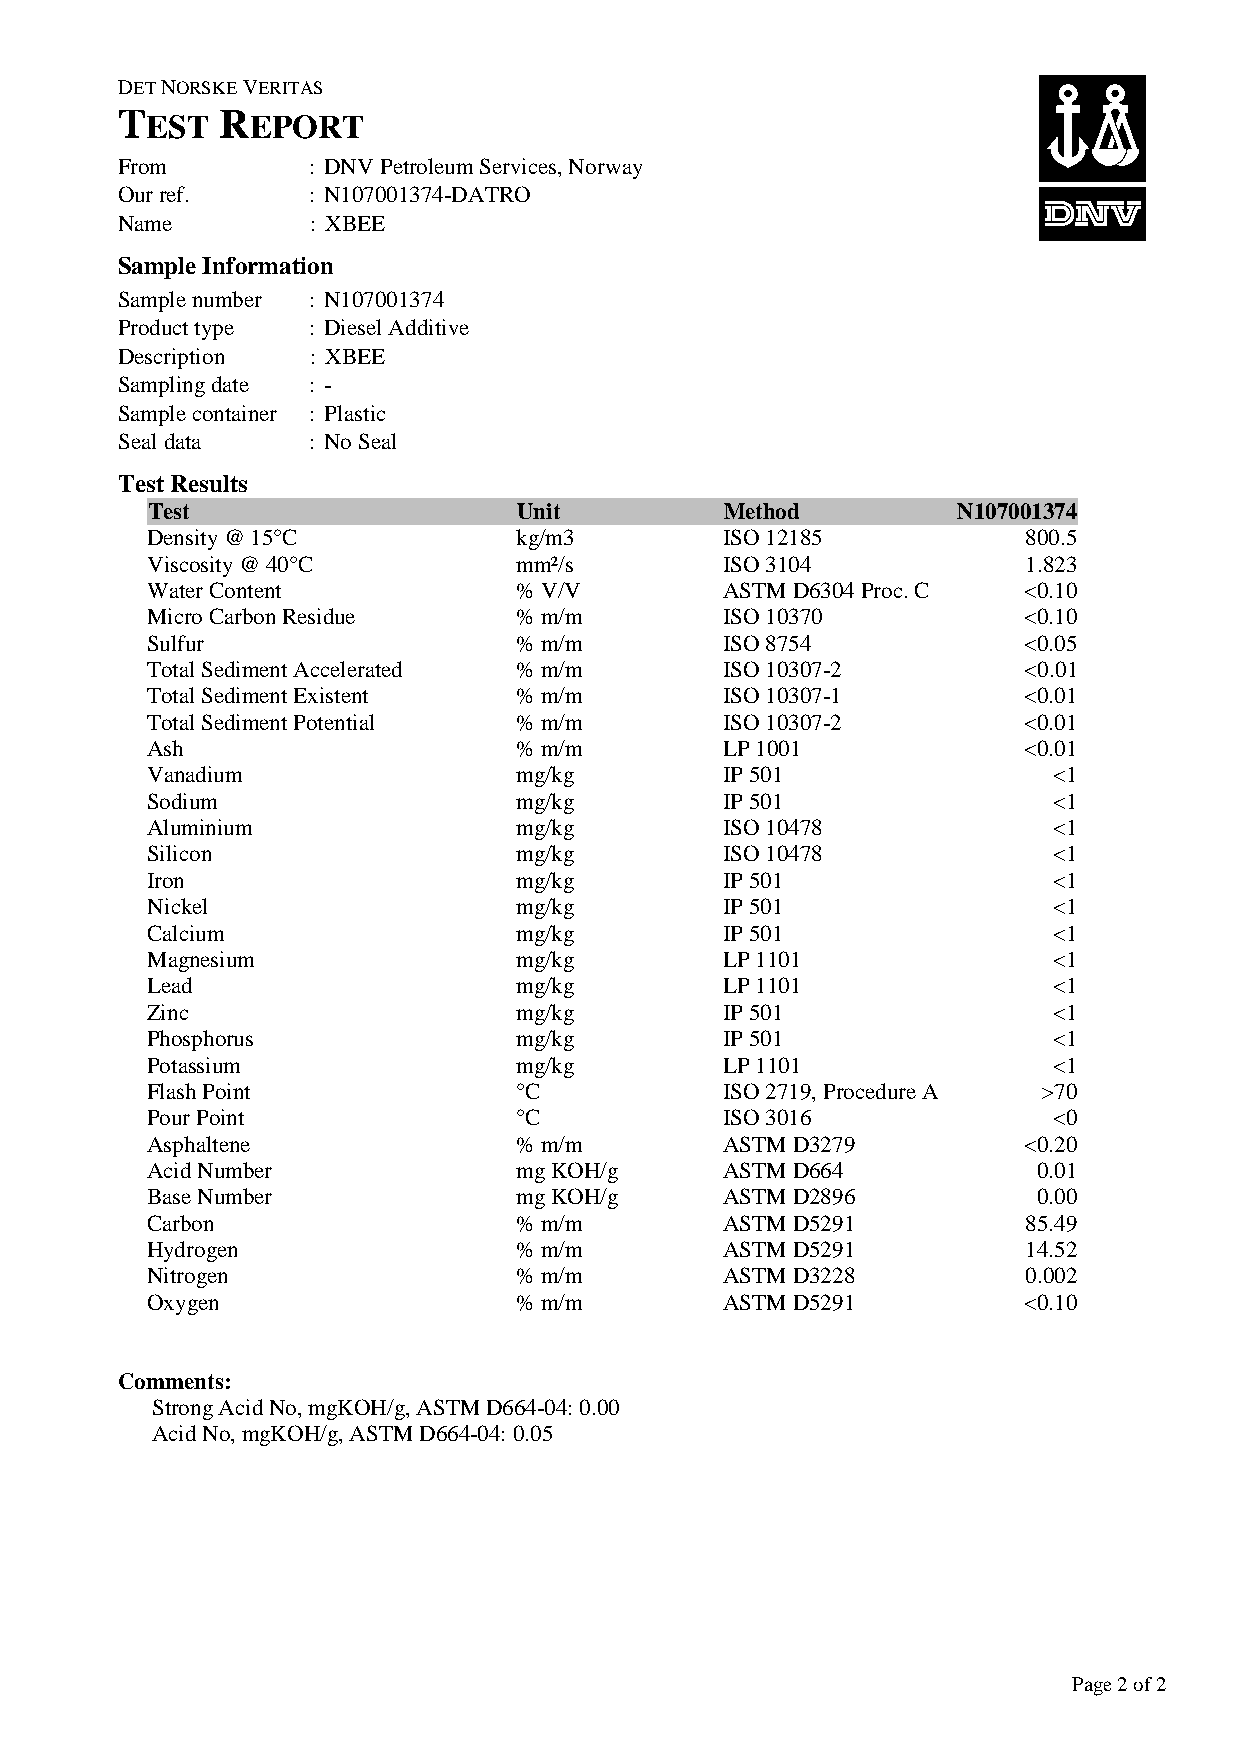
DET NORSKE VERITAS
 T      R
 EST    EPORT
 From         : DNV Petroleum Services, Norway
 Our ref.     : N107001374-DATRO
 Name         : XBEE
 Sample Information
 Sample number : N107001374
 Product type : Diesel Additive
 Description  : XBEE
 Sampling date : -
 Sample container : Plastic
 Seal data    : No Seal
 Test Results
 Test                    Unit          Method         N107001374
 Density @ 15°C          kg/m3         ISO 12185           800.5
 Viscosity @ 40°C        mm²/s         ISO 3104            1.823
 Water Content           % V/V         ASTM D6304 Proc. C  <0.10
 Micro Carbon Residue    % m/m         ISO 10370           <0.10
 Sulfur                  % m/m         ISO 8754            <0.05
 Total Sediment Accelerated % m/m      ISO 10307-2         <0.01
 Total Sediment Existent % m/m         ISO 10307-1         <0.01
 Total Sediment Potential % m/m        ISO 10307-2         <0.01
 Ash                     % m/m         LP 1001             <0.01
 Vanadium                mg/kg         IP 501                <1
 Sodium                  mg/kg         IP 501                <1
 Aluminium               mg/kg         ISO 10478             <1
 Silicon                 mg/kg         ISO 10478             <1
 Iron                    mg/kg         IP 501                <1
 Nickel                  mg/kg         IP 501                <1
 Calcium                 mg/kg         IP 501                <1
 Magnesium               mg/kg         LP 1101               <1
 Lead                    mg/kg         LP 1101               <1
 Zinc                    mg/kg         IP 501                <1
 Phosphorus              mg/kg         IP 501                <1
 Potassium               mg/kg         LP 1101               <1
 Flash Point             °C            ISO 2719, Procedure A >70
 Pour Point              °C            ISO 3016              <0
 Asphaltene              % m/m         ASTM D3279          <0.20
 Acid Number             mg KOH/g      ASTM D664            0.01
 Base Number             mg KOH/g      ASTM D2896           0.00
 Carbon                  % m/m         ASTM D5291          85.49
 Hydrogen                % m/m         ASTM D5291          14.52
 Nitrogen                % m/m         ASTM D3228          0.002
 Oxygen                  % m/m         ASTM D5291          <0.10
 Comments:
 Strong Acid No, mgKOH/g, ASTM D664-04: 0.00
 Acid No, mgKOH/g, ASTM D664-04: 0.05
 Page 2 of 2